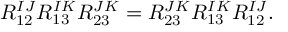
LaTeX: R _ { 1 2 } ^ { I J } R _ { 1 3 } ^ { I K } R _ { 2 3 } ^ { J K } = R _ { 2 3 } ^ { J K } R _ { 1 3 } ^ { I K } R _ { 1 2 } ^ { I J } .